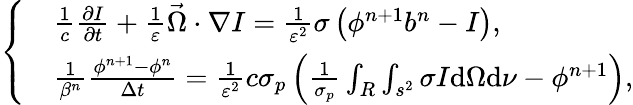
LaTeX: \left\{ \begin{array}{rl}&{\frac{1}{c}\frac{\partial I}{\partial t}+\frac{1}{\varepsilon}\vec{\Omega}\cdot\nabla I=\frac{1}{\varepsilon^{2}}\sigma\left(\phi^{n+1}b^{n}-I\right),}\\ &{\frac{1}{\beta^{n}}\frac{\phi^{n+1}-\phi^{n}}{\Delta t}=\frac{1}{\varepsilon^{2}}c\sigma_{p}\left(\frac{1}{\sigma_{p}}\int_{R}\int_{s^{2}}\sigma I\mathrm{d}\Omega\mathrm{d}\nu-\phi^{n+1}\right),}\end{array}\right.